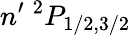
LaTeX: n^{\prime}\ ^{2}P_{1/2,3/2}